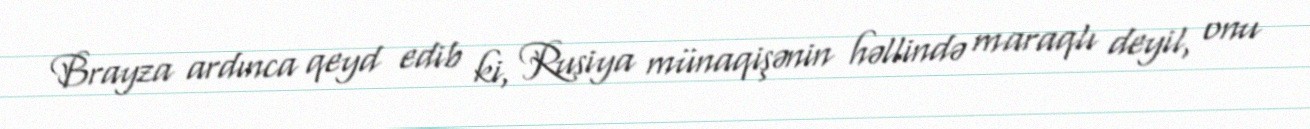
Brayza ardınca qeyd edib ki, Rusiya münaqişənin həllində maraqlı deyil, onu